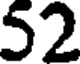
52